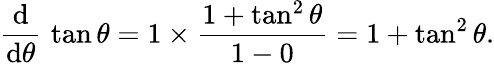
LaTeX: {\frac{\operatorname{d}}{\operatorname{d}\! \theta}}\, \tan\theta=1\times{\frac{1+\tan^{2}\theta}{1-0}}=1+\tan^{2}\theta.